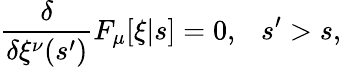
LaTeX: \frac{\delta}{\delta\xi^{\nu}(s^{\prime})}F_{\mu}[\xi|s]=0,\ \ \ s^{\prime}>s,